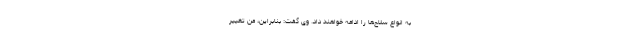
به انواع سلاح‌ها را ادامه خواهند داد. وی گفت: بنابراین، من تغییر